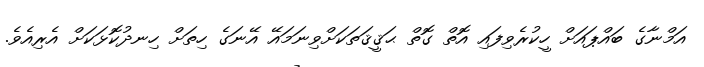
އަމްނާގެ ބައްޕައަށް ހީކުރެވިފައި އޮތް ގޮތް ޙަޤީޤަތަކަށްވިނަމައޭ އޭނަގެ ހިތަށް ހިނދުކޮޅަކަށް އެރިއެވެ.